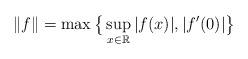
LaTeX: \begin{align*}\|f\| = \max\big\{\sup_{x \in \mathbb{R}} |f(x)|, |f'(0)|\big\} \end{align*}